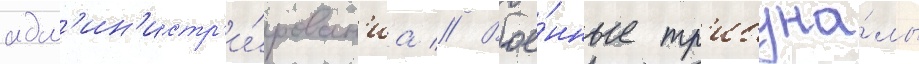
адм'ин'истр'и́рован'иа // Вое́нные тр'ибуна́лы